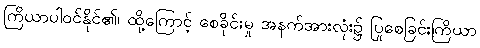
ကြိယာပါဝင်နိုင်၏၊ ထို့ကြောင့် စေခိုင်းမှု အနက်အားလုံး၌ ပြုစေခြင်းကြိယာ